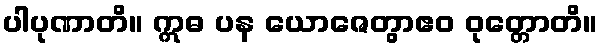
ပါပုဏာတိ။ ဣဓ ပန ယောဇေတွာဧဝ ဝုတ္တောတိ။